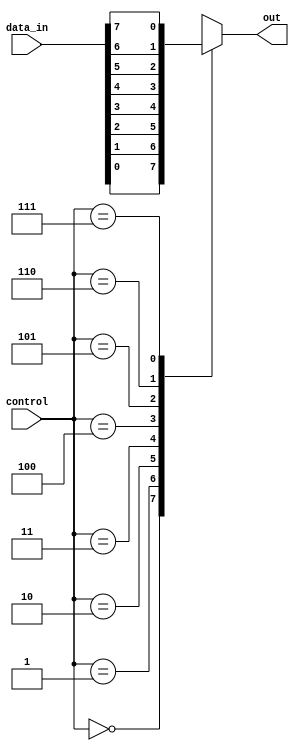
module mux_8to1 (
    input [7:0] data_in,
    input [2:0] control,
    output reg out
);

always @(*)
begin
    case (control)
        3'b000: out = data_in[0];
        3'b001: out = data_in[1];
        3'b010: out = data_in[2];
        3'b011: out = data_in[3];
        3'b100: out = data_in[4];
        3'b101: out = data_in[5];
        3'b110: out = data_in[6];
        3'b111: out = data_in[7];
        default: out = 8'b0; // Default output when control input is invalid
    endcase
end

endmodule